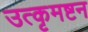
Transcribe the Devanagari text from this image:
उत्कृमष्टन